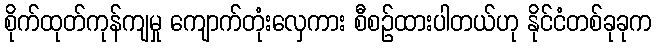
စိုက်ထုတ်ကုန်ကျမှု ကျောက်တုံးလှေကား စီစဉ်ထားပါတယ်ဟု နိုင်ငံတစ်ခုခုက